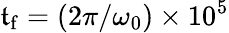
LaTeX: \mathfrak{t}_{\mathrm{{f}}}=(2\pi/\omega_{0})\times10^{5}